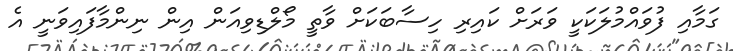
ގަމާއި ފުވައްމުލަކަކީ ވަރަށް ކައިރި ހިސާބަކަށް ވާތީ މޯލްޑިވިއަން އިން ނިންމާފައިވަނީ އެ